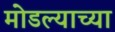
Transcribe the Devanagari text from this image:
मोडल्याच्या